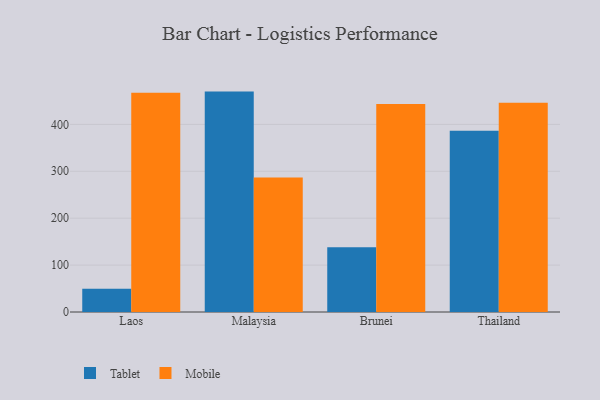
{"axis": {"x": "Country", "y": "Bounce Rate (%)"}, "legend": ["Mobile", "Tablet"], "data": [{"x": "Laos", "y": 49.8, "type": "Tablet"}, {"x": "Laos", "y": 467.7, "type": "Mobile"}, {"x": "Malaysia", "y": 469.9, "type": "Tablet"}, {"x": "Malaysia", "y": 286.8, "type": "Mobile"}, {"x": "Brunei", "y": 137.8, "type": "Tablet"}, {"x": "Brunei", "y": 443.3, "type": "Mobile"}, {"x": "Thailand", "y": 386.6, "type": "Tablet"}, {"x": "Thailand", "y": 446.3, "type": "Mobile"}]}